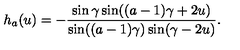
h _ { a } ( u ) = - \frac { \sin \gamma \sin ( ( a - 1 ) \gamma + 2 u ) } { \sin ( ( a - 1 ) \gamma ) \sin ( \gamma - 2 u ) } .